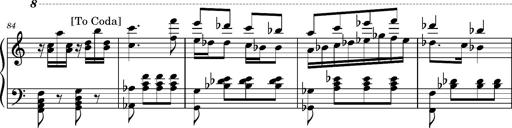
Title: Ungarischer Romanzero
Composer: Franz Liszt